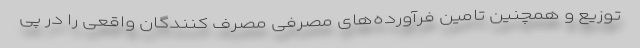
توزیع و همچنین تامین فرآورده‌های مصرفی مصرف کنندگان واقعی را در پی